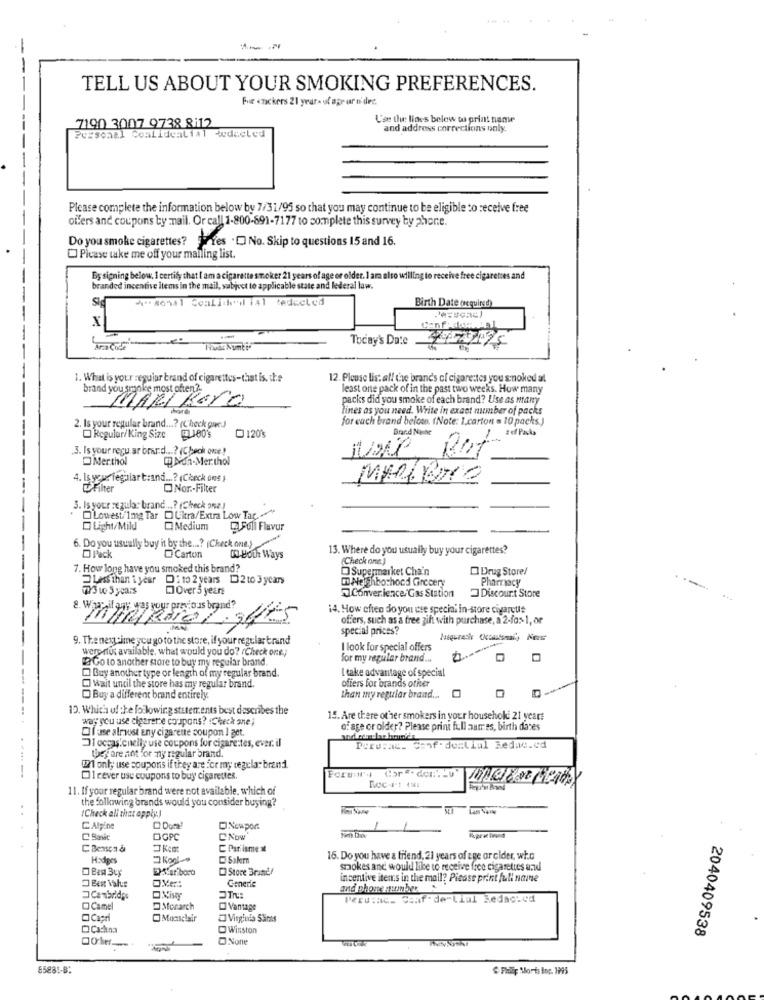
TELL US ABOUT YOUR SMOKING PREFERENCES.
Fur enckers 21 years ut age ar n'der.
Use tu: lines below to print name
7190 3007 9738 8:12
Personal Coalidealial <educled
and address corrections only.
Please complete the information below by 7/31/95 so that you may continue to be eligible to receive free
offers and coupons ty mail. Or call 1.800-891-7177 to complete this survey by phone.
Do you smoke cigarettes? Yres . D No. Skip to questions 15 and 16.
O Please take me off your mailing list.
By signing below. I certify that I am a cigarette smoker 21 years of age or older. 1 am also willing to receive free cigarettes and
branded incentive items in the mail, subject to applicable state and lederal law.
*** 8011 CeaLicheil ial teducted
Birth Date (required)
x
Today's Date
1. What is your regular brand of cigarettes-that is. she
12. Please lis: all the brand's of cigarettes you s-noked al
brand you sminke most often ?-
least one pack of in the past two weeks. How many
MARIBera
packs did you smoke of each brand? Use as many
fines as you need. Write in exact number of packs
for each brand below. (Note: I.carton = 10 packs.)
2. Is your regular brand ...? (Check que)
0120%
Regular/King Size 180's
Brand Nulne
.3. Is your reçu ar brard ...? (Check one!
Merthol
Q Non-Merthol
4. Is your Teguiar t:and ...? (Check ons )
MARIANO
ONor .- Filter
3. Is your regular brand ...? (Check one !
Lowest/1mg Tar DUitra/Extra Low Tar.
Light/Mild
Medium
[Full Flavor
6. Do you usually buy it by the? (Check one.)
13. Where do you usually buy your cigarettes?
Pack
Carton
03-Both Ways
(Check one.)
7. How long have you smoked this brand?
Supermarket Chain
Drug Store/
Less than i year Di to 2 years 12 to 3 years
Co Neighborhood Grocery
Pharmacy
73 1 5 years
Over 5 years
Conver.ience/Gas Station
Discount Store
.wy
14. How often do yon ese special in-store cigaretis
offers, such as a free gift with purchase, a 2-f0>-1, or
special prices?
9. Thenexttime you go to the store, if your regular brand
werenot available, what would you do? (Check one)
I look for special offers
2Go to another store to buy my regular brand.
for my regular brand ....
I take advantage of special
Buy another type or length of my regular brand.
wait until the store has my regular brand.
ofiers for brands offer
Buy a different brand entirely.
than my regular brand ...
10. Which of the following statements best describes the
way you use cigerente coupons? (Check ane )
15. Are there other smokers in your househoki 21 years
o: age or older? Please print full autres, birth dates
"[ fuse almost any cigarette coupon ] get.
1 occas.cnelly use coupons for cigare:tes, ever. il
conf. dualiul Redac.cd
they are not for ny regular brand.
En only use coupons if they are for my regular brand
Forum's Cor". den"Lu"
DI rever usu coupons to buy cigarettes.
11. If your regular brand were not available. which of
the following brands would you consider buying?
(Check all that apply.)
CAlpine
DNoupon
DGPC
CNOW
C Bensea &
C Parliament
Hisdiges
Salem
15. Do you have a friend, 21 years of age or cider, who
Store Brune
smokes and would like to receive free cigarettes and
Generic
incentive items in the mail? Picase print full name
and phone numbers"
Perusac. Conf de-Lial Redac:cd
Camel
Monarch
Vantage
Capri
Monicisir
Virginia Saires
Carina
Winston
2040409538
00mt-
85881-B:
$ Fidlp Sorts Inc. 1995